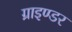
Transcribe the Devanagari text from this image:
ग्राइण्डर